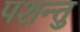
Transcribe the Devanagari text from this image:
पशन्तु